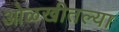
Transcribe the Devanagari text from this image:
ओळखीतल्या